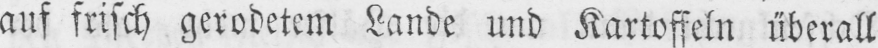
auf frisch gerodetem Lande und Kartoffeln überall